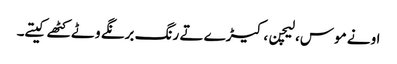
اونے موس، لیچن، کیڑے تے رنگ برنگے وٹے کٹھے کیتے۔